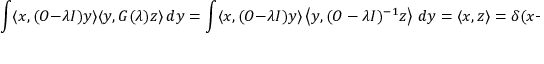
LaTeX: \int \langle x , ( O - \lambda I ) y \rangle \langle y , G ( \lambda ) z \rangle \, d y = \int \langle x , ( O - \lambda I ) y \rangle \left\langle y , ( O - \lambda I ) ^ { - 1 } z \right\rangle \, d y = \langle x , z \rangle = \delta ( x - z ) .